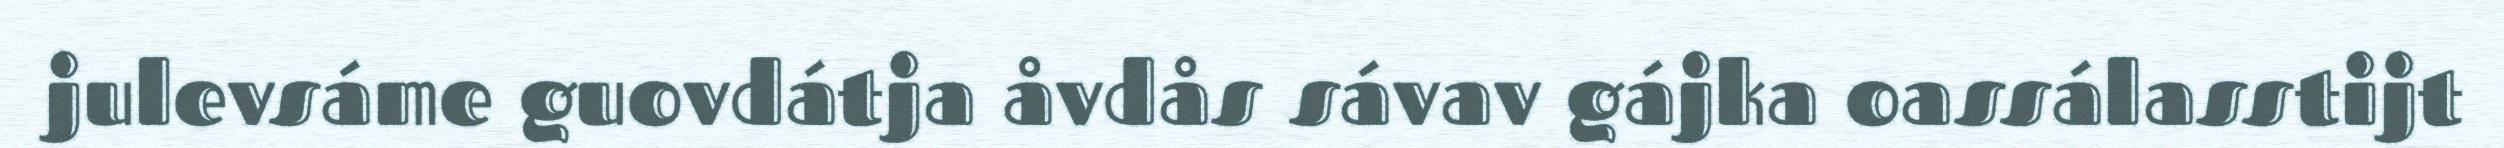
julevsáme guovdátja åvdås sávav gájka oassálasstijt